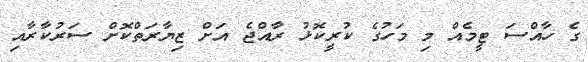
ގެ ހާއްސަ ޓީމެއް މި މަހުގެ ކުރީކޮޅު ރާއްޖެ އަށް ޒިޔާރަތްކޮށް ސަރުކާރާއި